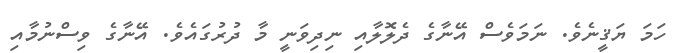
ހަމަ ޔަޤީނެވެ. ނަމަވެސް އޭނާގެ ދެލޮލާއި ނިދިވަނީ މާ ދުރުގައެވެ. އޭނާގެ ވިސްނުމާއި